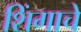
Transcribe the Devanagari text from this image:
शिंगाचे